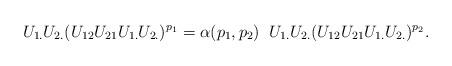
LaTeX: \begin{align*}U_{1.} U_{2.}( U_{12} U_{21}U_{1.} U_{2.} )^{p_1}=\alpha(p_1,p_2) \;\;U_{1.} U_{2.}( U_{12} U_{21}U_{1.} U_{2.} )^{p_2}.\end{align*}